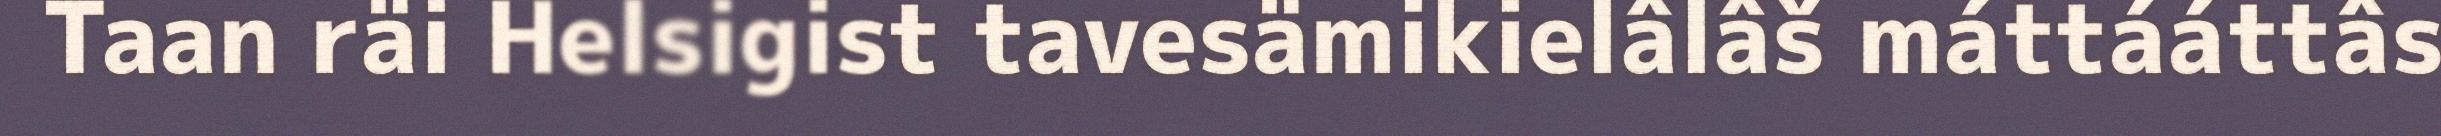
Taan räi Helsigist tavesämikielâlâš máttááttâs